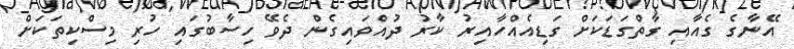
އޭނާގެ ގެއާއި ގާތްގަޑަކަށް ގަޑިއެއްހާއިރު ކާރު ދުއްވައިގެން ދެވޭ ހިސާބުގައި ހުރި މިސްކިތަކަށް